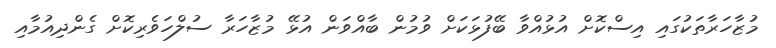
މުޒާހަރާތަކުގައި އިސްކޮށް އުޅުއްވާ ބޭފުޅަކަށް ވުމުން ބާއްވަން އުޅޭ މުޒާހަރާ ސުލްހަވެރިކޮށް ގެންދިއުމާއި